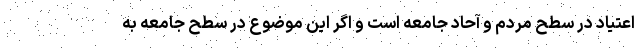
اعتیاد در سطح مردم و آحاد جامعه است و اگر این موضوع در سطح جامعه به